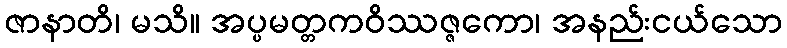
ဇာနာတိ၊ မသိ။ အပ္ပမတ္တကဝိဿဇ္ဇကော၊ အနည်းငယ်သော